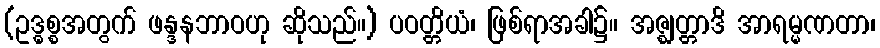
(ဥဒ္ဓစ္စအတွက် ဖန္ဒနဘာဝဟု ဆိုသည်။) ပဝတ္တိယံ၊ ဖြစ်ရာအခါ၌။ အဇ္ဈတ္တာဒိ အာရမ္မဏတာ၊